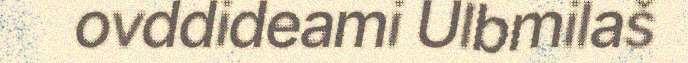
ovddideami Ulbmilaš